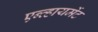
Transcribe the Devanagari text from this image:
एन्व्हायर्मेट